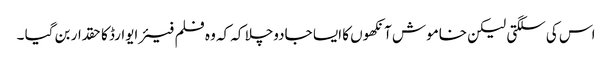
اس کی سلگتی لیکن خاموش آنکھوں کا ایسا جادوچلا کہ کہ وہ فلم فیئر ایوارڈ کا حقدار بن گیا ۔